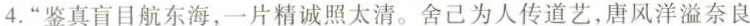
4.”鉴真盲目航东海，一片精诚照太清。舍己为人传道艺，唐风洋溢奈良